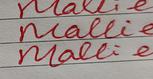
Signature authenticity: forged